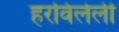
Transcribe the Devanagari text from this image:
हरविलेली